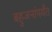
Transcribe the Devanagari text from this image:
बहुजनांपर्यंत